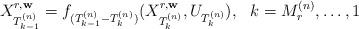
LaTeX: \begin{align*}X^{r,\mathbf{w}}_{T_{k-1}^{(n)}}=f_{(T_{k-1}^{(n)}-T_{k}^{(n)})}{(X^{r,\mathbf{w}}_{T_{k}^{(n)}},U_{T_{k}^{(n)}})}, \,\,\,\,k=M_r^{(n)},\ldots,1\end{align*}